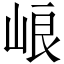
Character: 㟍